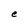
Character: e